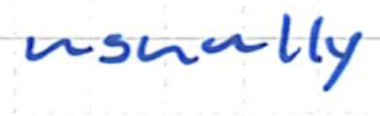
Text: usually
Cross-out: clean
Writing tool: ballpoint